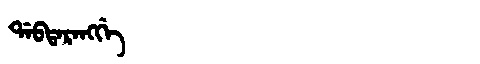
Manchu: ᡩᠠᠪᡨᠠᡵᠠᠩᡤᡝ
Romanization: DABTARANGGE